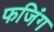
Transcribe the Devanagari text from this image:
फजिंग